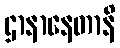
ဌာနာနေတာနိ